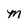
Character: m